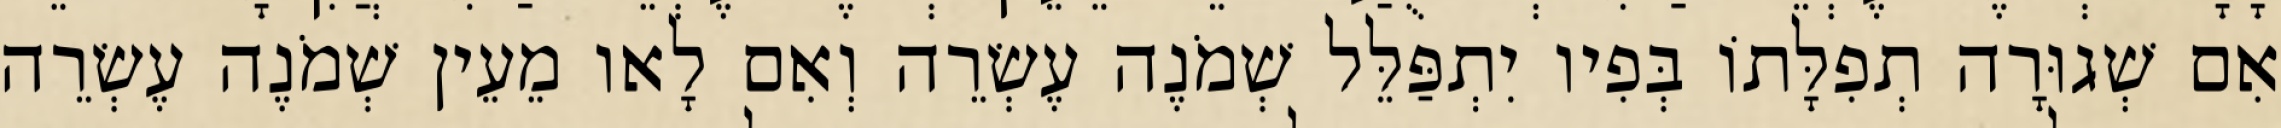
אִם שְׁגוּרָה תְפִלָּתוֹ בְּפִיו יִתְפַּלֵּל שְׁמֹנֶה עֶשְׂרֵה וְאִם לָאו מֵעֵין שְׁמֹנֶה עֶשְׂרֵה